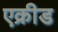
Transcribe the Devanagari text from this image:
एक्रीड